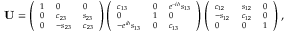
\begin{array} { r } { \scriptsize { \mathbf { U } = \left( \begin{array} { l l l } { 1 } & { 0 } & { 0 } \\ { 0 } & { c _ { 2 3 } } & { s _ { 2 3 } } \\ { 0 } & { - s _ { 2 3 } } & { c _ { 2 3 } } \end{array} \right) \left( \begin{array} { l l l } { c _ { 1 3 } } & { 0 } & { e ^ { - i \delta } s _ { 1 3 } } \\ { 0 } & { 1 } & { 0 } \\ { - e ^ { i \delta } s _ { 1 3 } } & { 0 } & { c _ { 1 3 } } \end{array} \right) \left( \begin{array} { l l l } { c _ { 1 2 } } & { s _ { 1 2 } } & { 0 } \\ { - s _ { 1 2 } } & { c _ { 1 2 } } & { 0 } \\ { 0 } & { 0 } & { 1 } \end{array} \right) , } } \end{array}